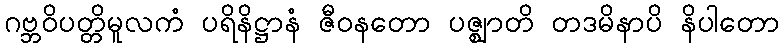
ဂဗ္ဘဝိပတ္တိမူလကံ ပရိနိဋ္ဌာနံ ဇီဝနတော ပဇ္ဈာတိ တဒမိနာပိ နိပါတော